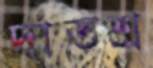
দাতশ্র